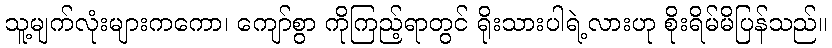
သူ့မျက်လုံးများကကော၊ ကျော်စွာ ကိုကြည့်ရာတွင် ရိုးသားပါရဲ့လားဟု စိုးရိမ်မိပြန်သည်။